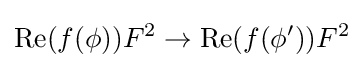
{\text{Re}}(f(\phi ))F^{2}\rightarrow {\text{Re}}(f(\phi '))F^{2}